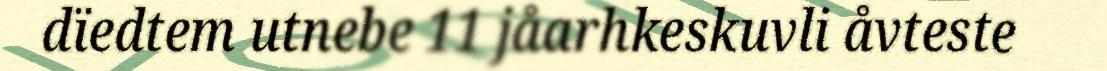
dïedtem utnebe 11 jåarhkeskuvli åvteste